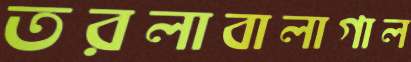
তরলাবালাগাল